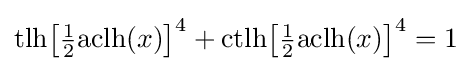
{\text{tlh}}{\bigl [}{\tfrac {1}{2}}{\text{aclh}}(x){\bigr ]}^{4}+{\text{ctlh}}{\bigl [}{\tfrac {1}{2}}{\text{aclh}}(x){\bigr ]}^{4}=1